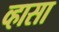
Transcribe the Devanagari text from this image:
व्हासा